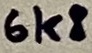
Text: 6k8